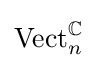
\operatorname {Vect} _{n}^{\mathbb {C} }